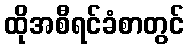
ထိုအစီရင်ခံစာတွင်